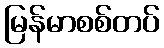
မြန်မာစစ်တပ်